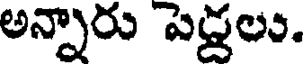
అన్నారు పెద్దలు.